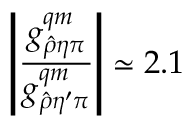
\left| { \frac { g _ { \hat { \rho } \eta \pi } ^ { q m } } { g _ { \hat { \rho } \eta ^ { \prime } \pi } ^ { q m } } } \right| \simeq 2 . 1